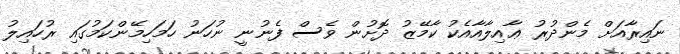
ނައިރާއަށް މެންދުރު ޢާއިލާއާއެކު ކާމޭޒު ދޮށުން ވެސް ފެނުނީ ނުހަނު ހަމަހިމޭންކަމުގައި ރުހައިލު